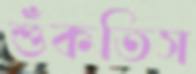
শুঁকতিস